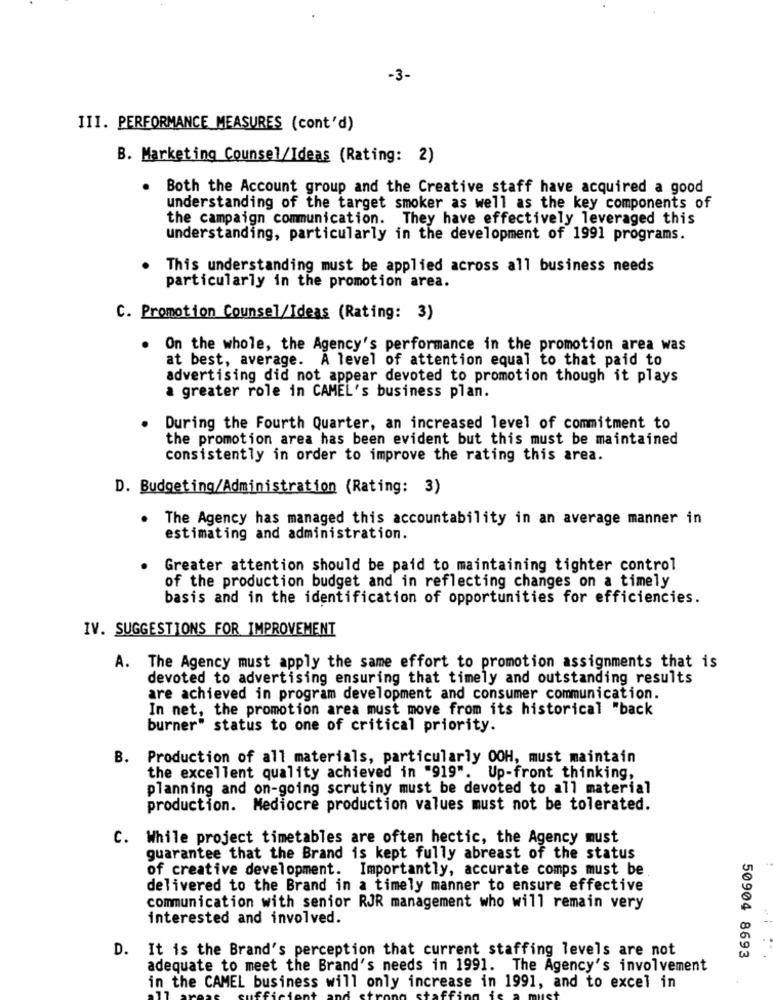
-3-
III. PERFORMANCE MEASURES (cont'd)
B. Marketing Counsel/Ideas (Rating: 2)
. Both the Account group and the Creative staff have acquired a good
understanding of the target smoker as well as the key components of
the campaign communication. They have effectively leveraged this
understanding, particularly in the development of 1991 programs.
This understanding must be applied across all business needs
particularly in the promotion area.
C. Promotion Counsel/Ideas (Rating: 3)
.
On the whole, the Agency's performance in the promotion area was
at best, average. A level of attention equal to that paid to
advertising did not appear devoted to promotion though it plays
a greater role in CAMEL's business plan.
During the Fourth Quarter, an increased level of commitment to
the promotion area has been evident but this must be maintained
consistently in order to improve the rating this area.
D. Budgeting/Administration (Rating: 3)
The Agency has managed this accountability in an average manner in
estimating and administration.
Greater attention should be paid to maintaining tighter control
of the production budget and in reflecting changes on a timely
basis and in the identification of opportunities for efficiencies.
IV. SUGGESTIONS FOR IMPROVEMENT
A. The Agency must apply the same effort to promotion assignments that is
devoted to advertising ensuring that timely and outstanding results
are achieved in program development and consumer communication.
In net, the promotion area must move from its historical "back
burner" status to one of critical priority.
B. Production of all materials, particularly OOH, must maintain
the excellent quality achieved in "919".
Up-front thinking,
planning and on-going scrutiny must be devoted to all material
production. Mediocre production values must not be tolerated.
C. While project timetables are often hectic, the Agency must
guarantee that the Brand is kept fully abreast of the status
of creative development. Importantly, accurate comps must be
delivered to the Brand in a timely manner to ensure effective
communication with senior RJR management who will remain very
interested and involved.
D. It is the Brand's perception that current staffing levels are not
50904 8693
adequate to meet the Brand's needs in 1991. The Agency's involvement
in the CAMEL business will only increase in 1991, and to excel in